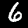
Digit: 6